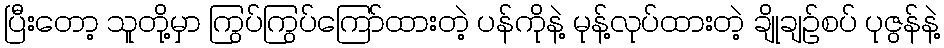
ပြီးတော့ သူတို့မှာ ကြွပ်ကြွပ်ကြော်ထားတဲ့ ပန်ကိုနဲ့ မုန့်လုပ်ထားတဲ့ ချိုချဉ်စပ် ပုဇွန်နဲ့